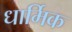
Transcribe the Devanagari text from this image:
धार्मिक